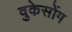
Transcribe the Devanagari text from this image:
वुकेसोंग